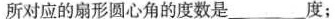
所对应的扇形圆心角的度数是_度；